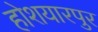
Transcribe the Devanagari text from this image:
होशयारपुर